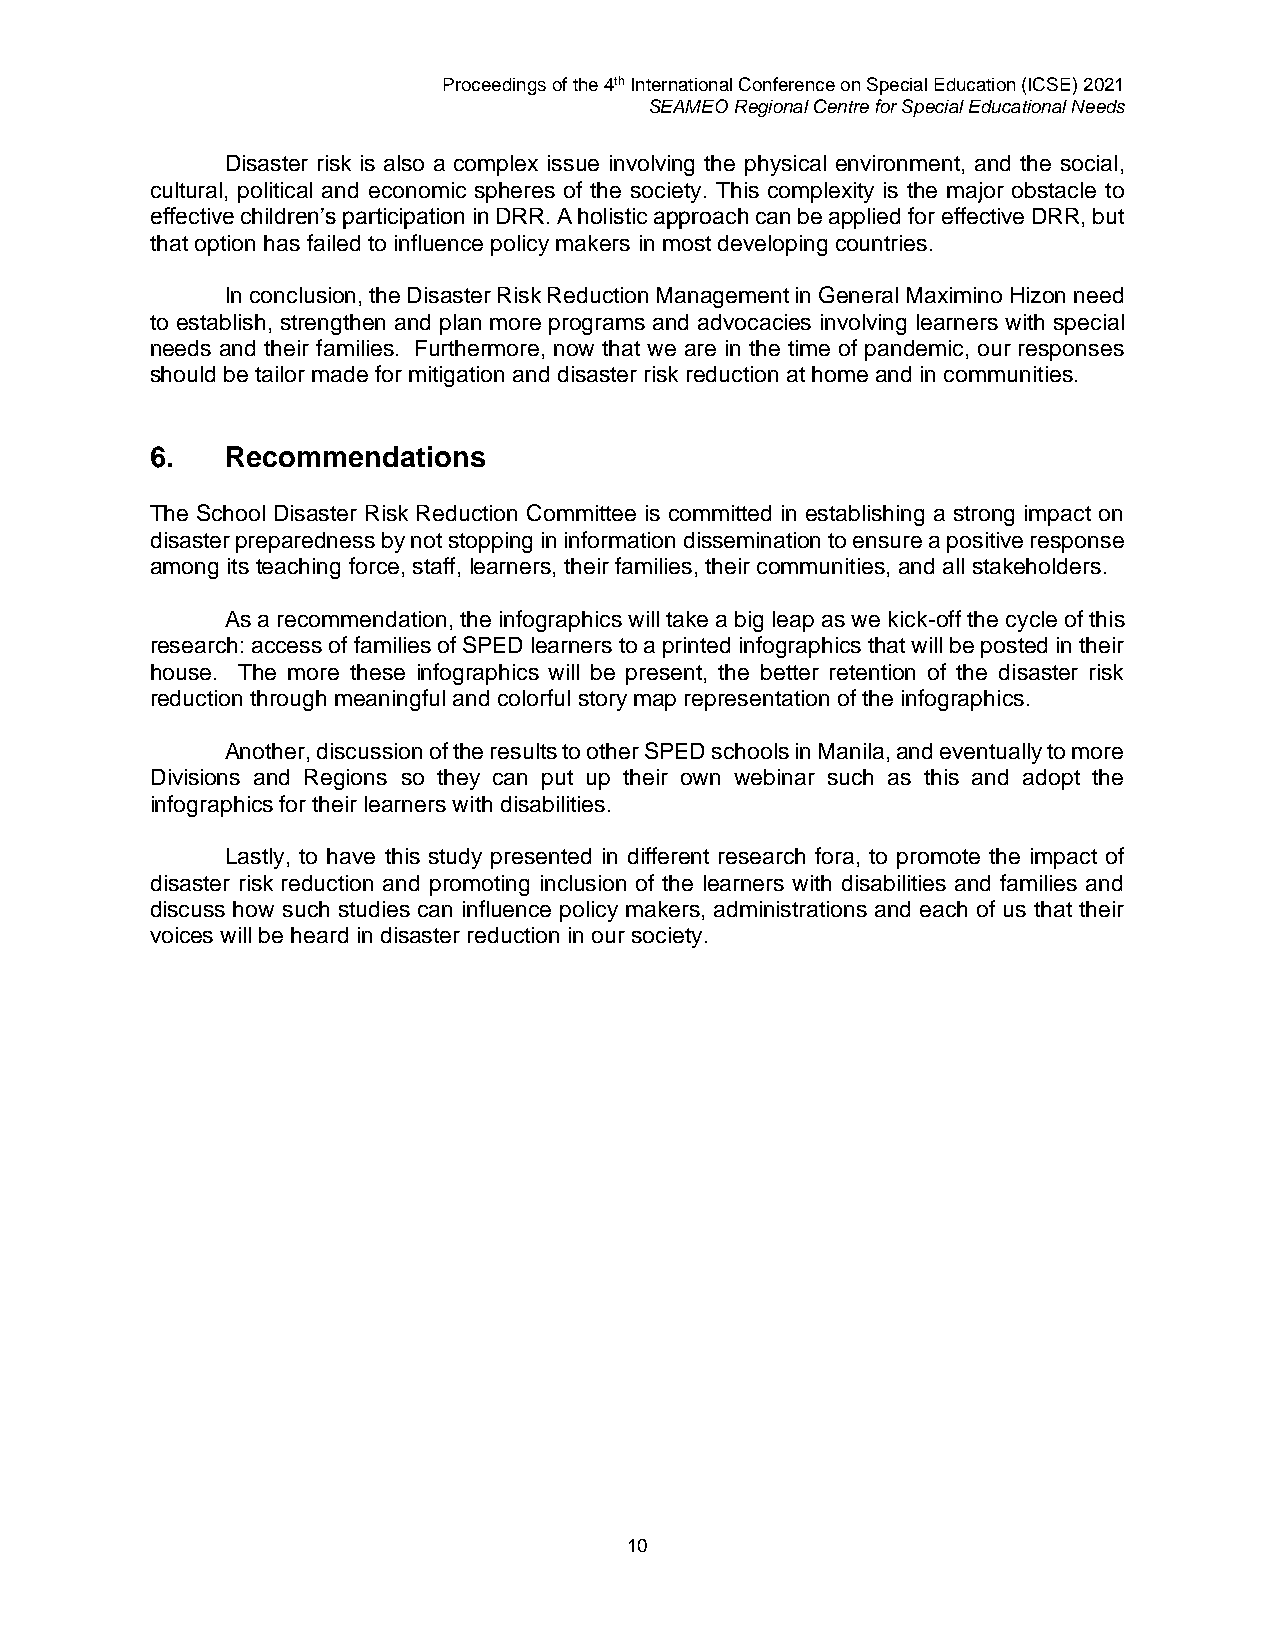
Proceedings of the 4th International Conference on Special Education (ICSE) 2021
 SEAMEO Regional Centre for Special Educational Needs
 Disaster risk is also a complex issue involving the physical environment, and the social,
 cultural, political and economic spheres of the society. This complexity is the major obstacle to
 effective children’s participation in DRR. A holistic approach can be applied for effective DRR, but
 that option has failed to influence policy makers in most developing countries.
 In conclusion, the Disaster Risk Reduction Management in General Maximino Hizon need
 to establish, strengthen and plan more programs and advocacies involving learners with special
 needs and their families. Furthermore, now that we are in the time of pandemic, our responses
 should be tailor made for mitigation and disaster risk reduction at home and in communities.
 6.   Recommendations
 The School Disaster Risk Reduction Committee is committed in establishing a strong impact on
 disaster preparedness by not stopping in information dissemination to ensure a positive response
 among its teaching force, staff, learners, their families, their communities, and all stakeholders.
 As a recommendation, the infographics will take a big leap as we kick-off the cycle of this
 research: access of families of SPED learners to a printed infographics that will be posted in their
 house. The more these infographics will be present, the better retention of the disaster risk
 reduction through meaningful and colorful story map representation of the infographics.
 Another, discussion of the results to other SPED schools in Manila, and eventually to more
 Divisions and Regions so they can put up their own webinar such as this and adopt the
 infographics for their learners with disabilities.
 Lastly, to have this study presented in different research fora, to promote the impact of
 disaster risk reduction and promoting inclusion of the learners with disabilities and families and
 discuss how such studies can influence policy makers, administrations and each of us that their
 voices will be heard in disaster reduction in our society.
 10